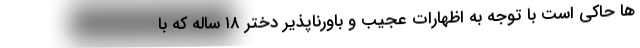
ها حاکی است با توجه به اظهارات عجیب و باورناپذیر دختر ۱۸ ساله که با